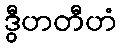
ဒွီဟတီဟံ